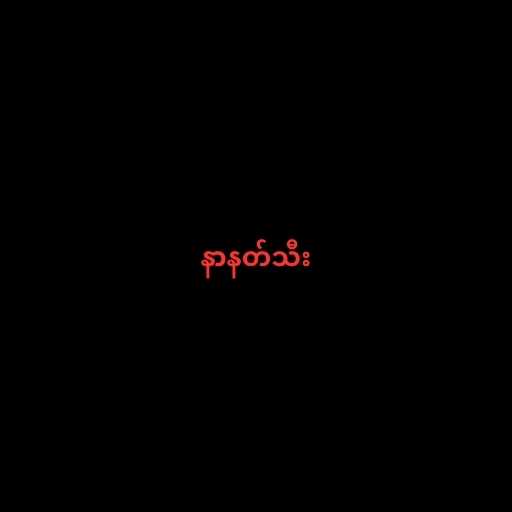
နာနတ်သီး